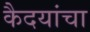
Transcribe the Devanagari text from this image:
कैदयांचा